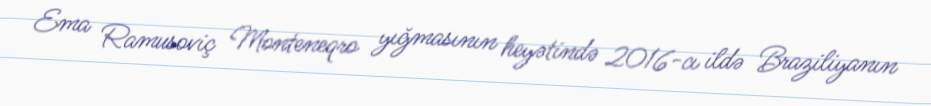
Ema Ramusoviç Monteneqro yığmasının heyətində 2016-cı ildə Braziliyanın